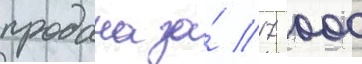
продана за́ 17 000